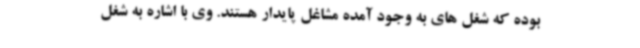
بوده که شغل های به وجود آمده مشاغل پایدار هستند. وی با اشاره به شغل